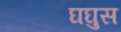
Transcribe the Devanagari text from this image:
घघुस